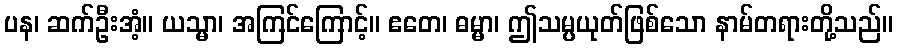
ပန၊ ဆက်ဦးအံ့။ ယသ္မာ၊ အကြင်ကြောင့်။ ဧတေ၊ ဓမ္မာ၊ ဤသမ္ပယုတ်ဖြစ်သော နာမ်တရားတို့သည်။